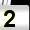
Digit: 2